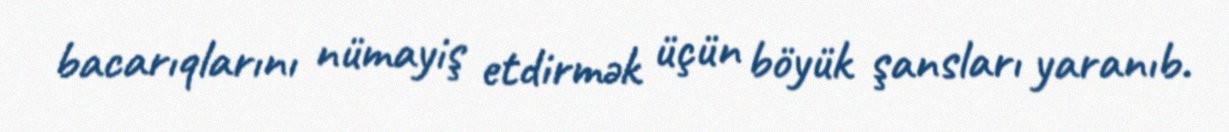
bacarıqlarını nümayiş etdirmək üçün böyük şansları yaranıb.